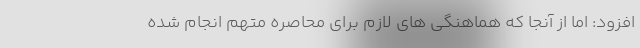
افزود: اما از آنجا که هماهنگی های لازم برای محاصره متهم انجام شده